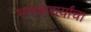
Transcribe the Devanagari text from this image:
भास्करार्यांचा